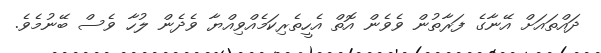
ދައްތައަށް އޭނާގެ ފަރާތުން ވެވެން އޮތް އެހީތެރިކަމެއްވިއްޔާ ވެދެން ލުހާ ވެސް ބޭނުމެވެ.